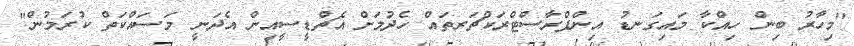
"މިހާރު ބިން ހިއްކާ މައިގަނޑު އިންފްރާސްޓްރަކްޗަރތައް ހެދުމަށް އެޗްޑީސީއިން އެދަނީ މަސައްކަތް ކުރަމުން"